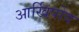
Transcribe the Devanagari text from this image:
आर्खिपोव